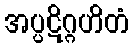
အပ္ပဋိဂ္ဂဟိတံ